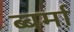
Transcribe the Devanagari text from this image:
ब्बर्मा